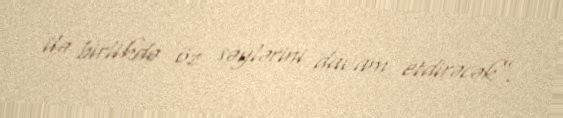
ilə birlikdə öz səylərini davam etdirəcək”.